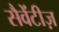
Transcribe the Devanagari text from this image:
सैवेंटीज़